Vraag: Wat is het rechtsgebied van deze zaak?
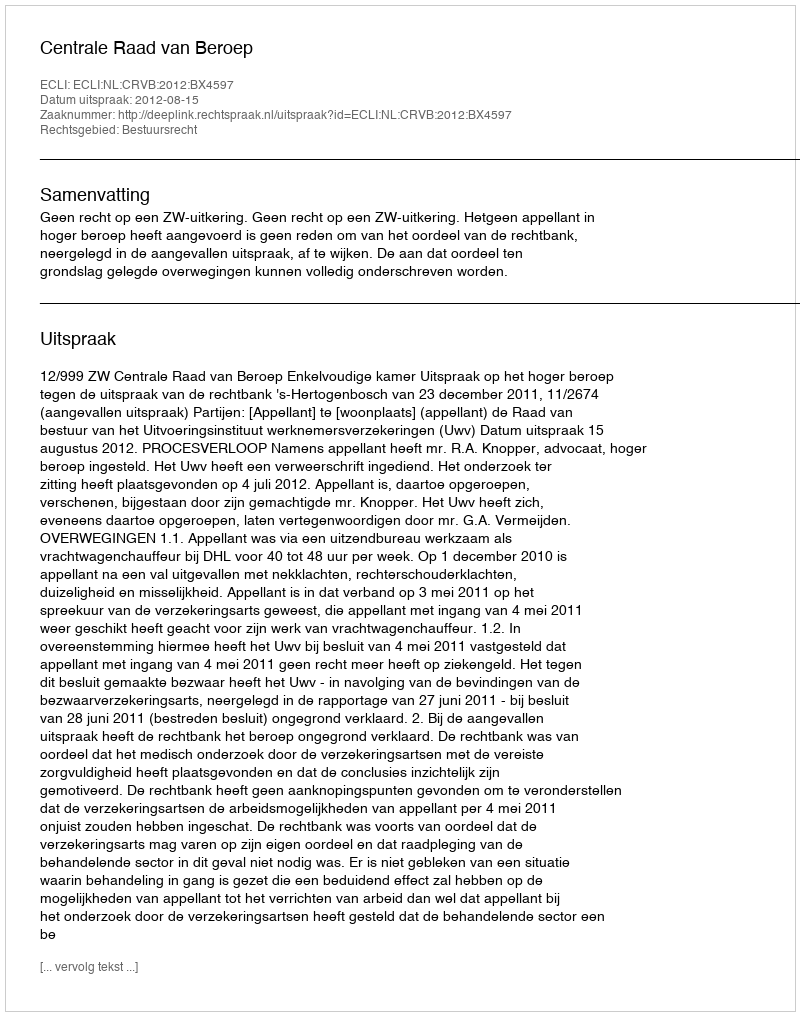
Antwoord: Bestuursrecht